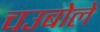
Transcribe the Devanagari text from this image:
चउबोलें